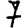
Digit: 7